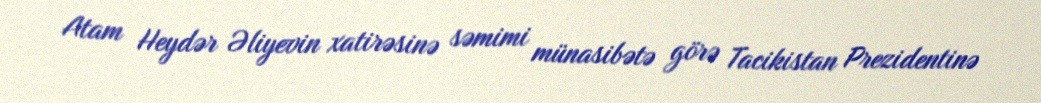
Atam Heydər Əliyevin xatirəsinə səmimi münasibətə görə Tacikistan Prezidentinə